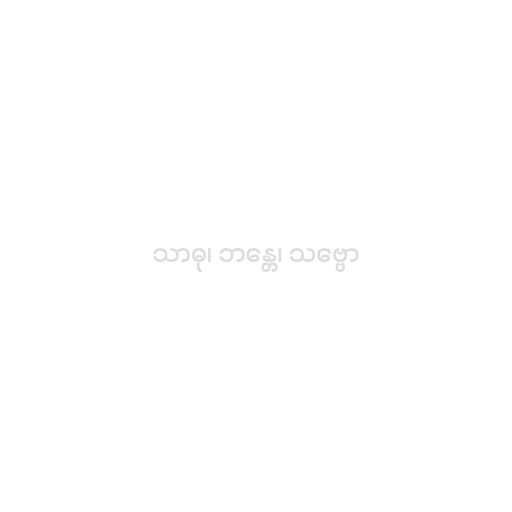
သာဓု၊ ဘန္တေ၊ သဗ္ဗော